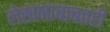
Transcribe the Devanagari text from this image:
लेखनाबाबतही